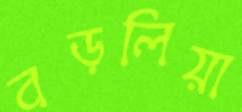
বড়লিয়া